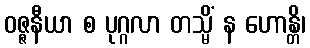
ဝဇ္ဇနီယာ စ ပုဂ္ဂလာ တသ္မိံ န ဟောန္တိ၊